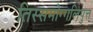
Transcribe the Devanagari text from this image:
तिस्समोग्गलिपुत्त